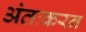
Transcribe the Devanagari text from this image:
अंतःकरन